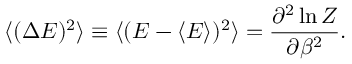
\langle ( \Delta E ) ^ { 2 } \rangle \equiv \langle ( E - \langle E \rangle ) ^ { 2 } \rangle = { \frac { \partial ^ { 2 } \ln Z } { \partial \beta ^ { 2 } } } .